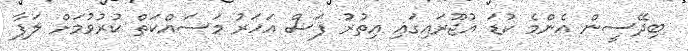
ބިދޭސީން އެންމެ ކުޑަ އުޖޫރައިގައި އިތުރު ފަސް އަހަރު މަސައްކަތް ކުރުވުމަށް ލަފާ